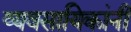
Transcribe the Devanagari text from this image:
व्यवसायिकांनी